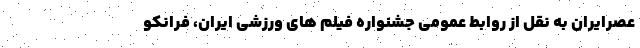
عصرایران به نقل از روابط عمومی جشنواره فیلم های ورزشی ایران، فرانکو